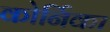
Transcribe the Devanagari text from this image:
कोर्निका